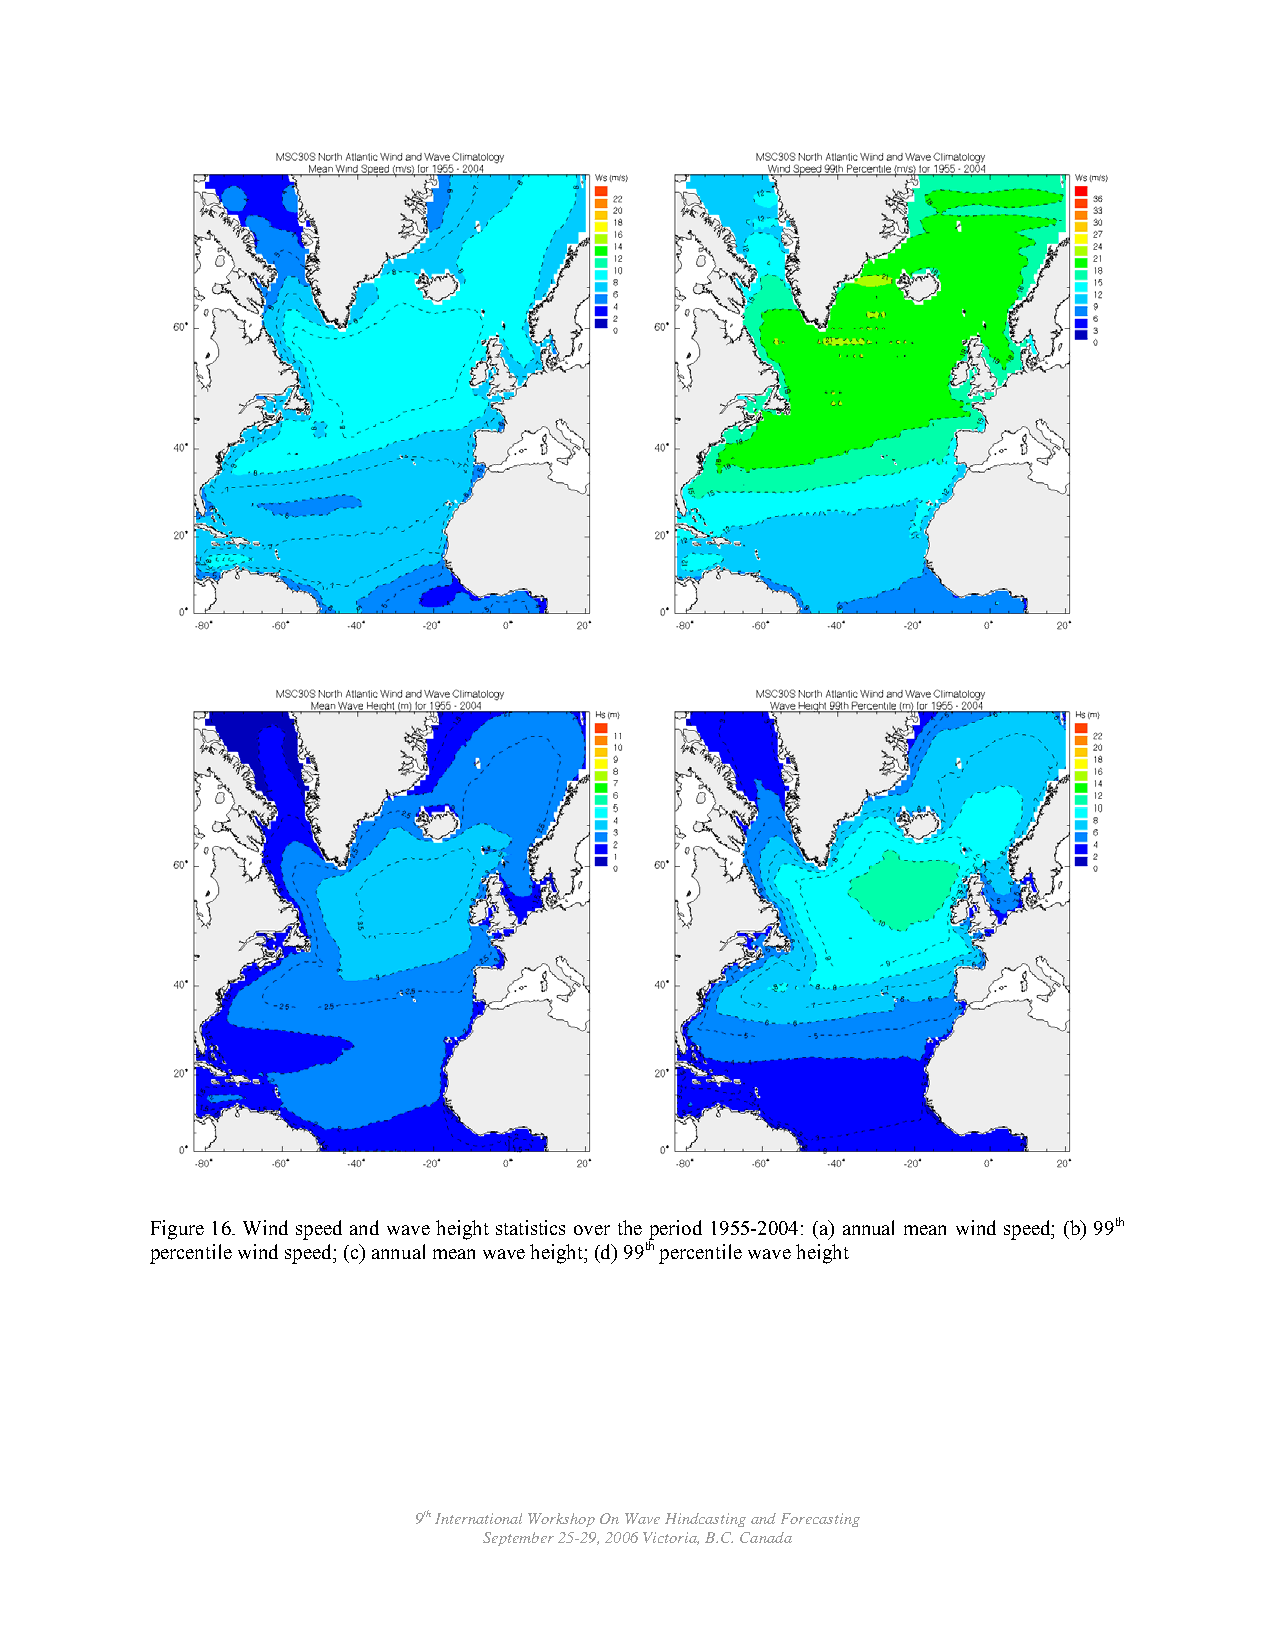
Figure 16. Wind speed and wave height statistics over the period 1955-2004: (a) annual mean wind speed; (b) 99th
 percentile wind speed; (c) annual mean wave height; (d) 99th percentile wave height
 9th International Workshop On Wave Hindcasting and Forecasting
 September 25-29, 2006 Victoria, B.C. Canada